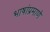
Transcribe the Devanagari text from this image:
भाषांप्रमाणे